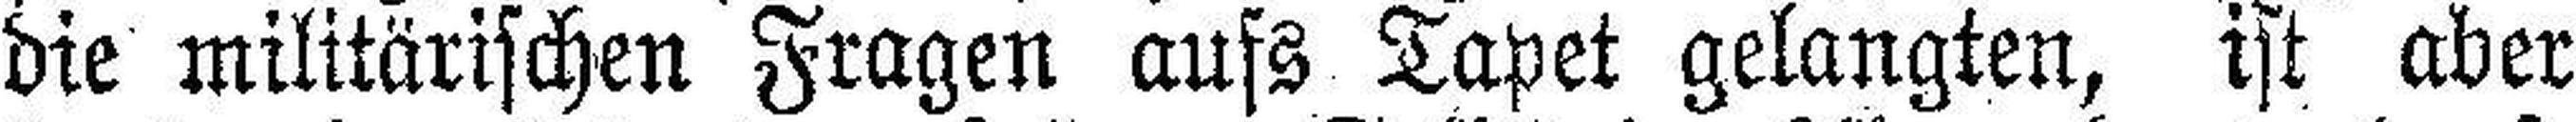
die militärischen Fragen aufs Tapet gelangten, ist aber